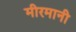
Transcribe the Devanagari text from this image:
मीरमानी